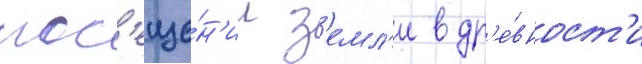
пос'еще́н'ии з'емл'и в др'е́вност'и